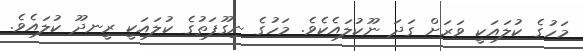
މަހުގެ ކުލައަކީ ވަރަށް ގަދަ ނޫކުލައެކެވެ. މަހުގެ ނިގޫފަތުގެ ކުލައަކީ ރީނދޫ ކުލައެވެ.